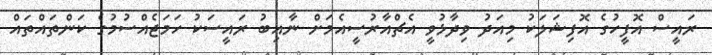
ރައީސް އޮފީހުގެ އޮފިޝަލަކު މިއަދު ވިދާޅުވީ އެޗްއާރުސީއެމަށް ނާއިބު ރައީސަކު ހަމަޖެއްސުމުގެ ކަންތައްތައް